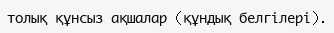
толық құнсыз ақшалар (құндық белгілері).